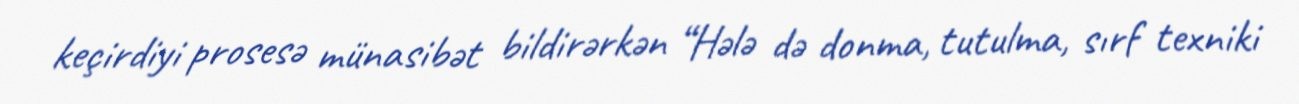
keçirdiyi prosesə münasibət bildirərkən “Hələ də donma, tutulma, sırf texniki